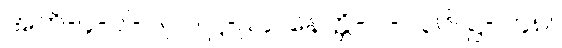
အဘိ-၄-ပါ-၁၇၁၊ ဋ္ဌ-၉၄။ နေတ္တိ-ပါ-၁၃၆၊ ဋ္ဌ-၂၄၈။